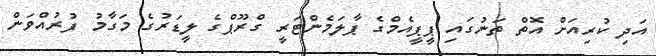
އަދި ކުރިއަށް އޮތް ތަނުގައި ޕީޕީއެމްގެ ޕާލަމެންޓަރީ ގްރޫޕްގެ ލީޑަރުގެ މަގާމު ފުރުއްވަން